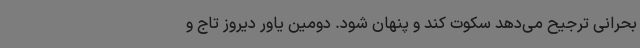
بحرانی ترجیح می‌دهد سکوت کند و پنهان شود. دومین یاور دیروز تاج و